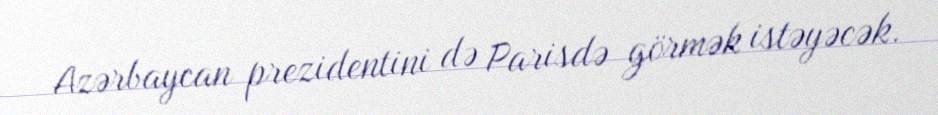
Azərbaycan prezidentini də Parisdə görmək istəyəcək.